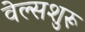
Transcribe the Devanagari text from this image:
वेल्सशुरू